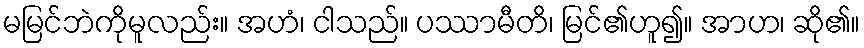
မမြင်ဘဲကိုမူလည်း။ အဟံ၊ ငါသည်။ ပဿာမီတိ၊ မြင်၏ဟူ၍။ အာဟ၊ ဆို၏။